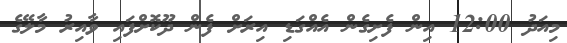
މިއަދު 12:00 އިން ފެށިގެން އެއްގަޑި އިރަށް ފެން ދޫކޮށްފައި ވާއިރު މާލޭގެ